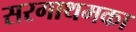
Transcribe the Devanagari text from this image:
सरगाथमका